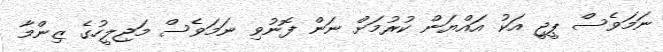
ނަމަވެސް ޕީޖީ އަކު އައްޔަން ކުރުމަށް ނަން ފޮނުވި ނަމަވެސް މަޖިލީހުގެ ޒިންމާ